Second report of the anti-malarial operations at Mian Mir, 1901-1903 - Number 9
Year: 1901
Disease focus: Malaria
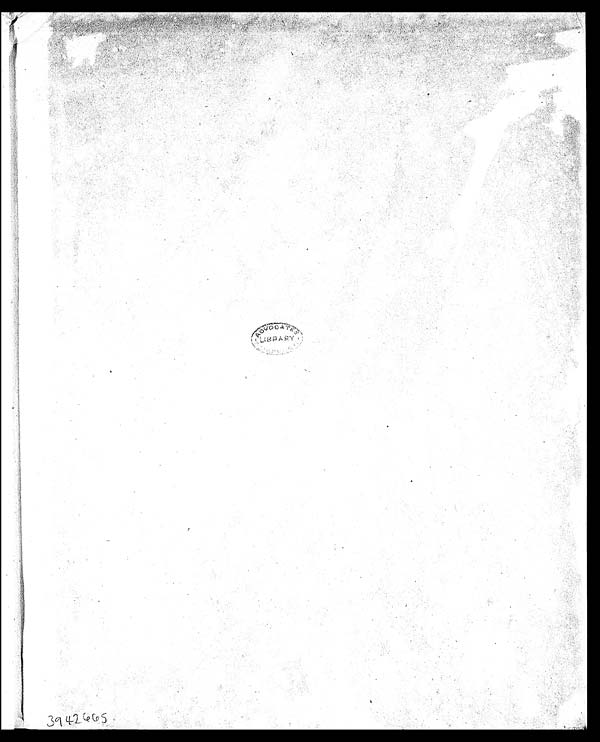
3942665.